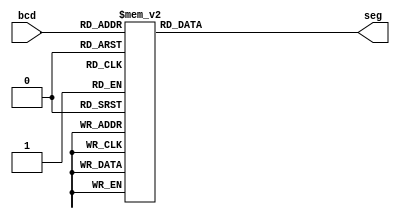
module bcdto7seg(
	bcd,
	seg
);
	 
	//Declare inputs,outputs and internal variables.
	input [3:0] bcd;
	output [6:0] seg;
	reg [6:0] seg;
	
	//always block for converting bcd digit into 7 segment format
	always @(bcd)
	begin
		case (bcd) //case statement
			0 : seg = 7'b1000000;
			1 : seg = 7'b1111001;
			2 : seg = 7'b0100100;
			3 : seg = 7'b0110000;
			4 : seg = 7'b0011001;
			5 : seg = 7'b0010010;
			6 : seg = 7'b0000010;
			7 : seg = 7'b1111000;
			8 : seg = 7'b0000000;
			9 : seg = 7'b0011000;
			10: seg = 7'b0001000; // a
			11: seg = 7'b0000011; // b
			12: seg = 7'b1000110; // c
			13: seg = 7'b0100001; // d
			14: seg = 7'b0000110; // e
			15: seg = 7'b0001110; // f
			//switch off 7 segment character when the bcd digit is not a decimal number.
			default: seg = 7'b1111111;
		endcase
	end
endmodule